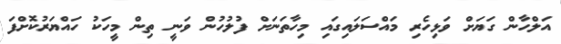
އަލްހާން ގަޔަށް ވަޅިހެރި މައްސަލައިގައި މިހާތަނަށް ފުލުހުން ވަނީ ތިން މީހަކު ހައްޔަރުކޮށްފަ